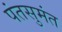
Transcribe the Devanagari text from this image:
पंतसुमंत